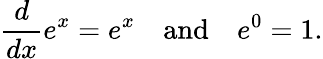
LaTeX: {\frac{d}{dx}}e^{x}=e^{x}\quad{\mathrm{and}}\quad e^{0}=1.